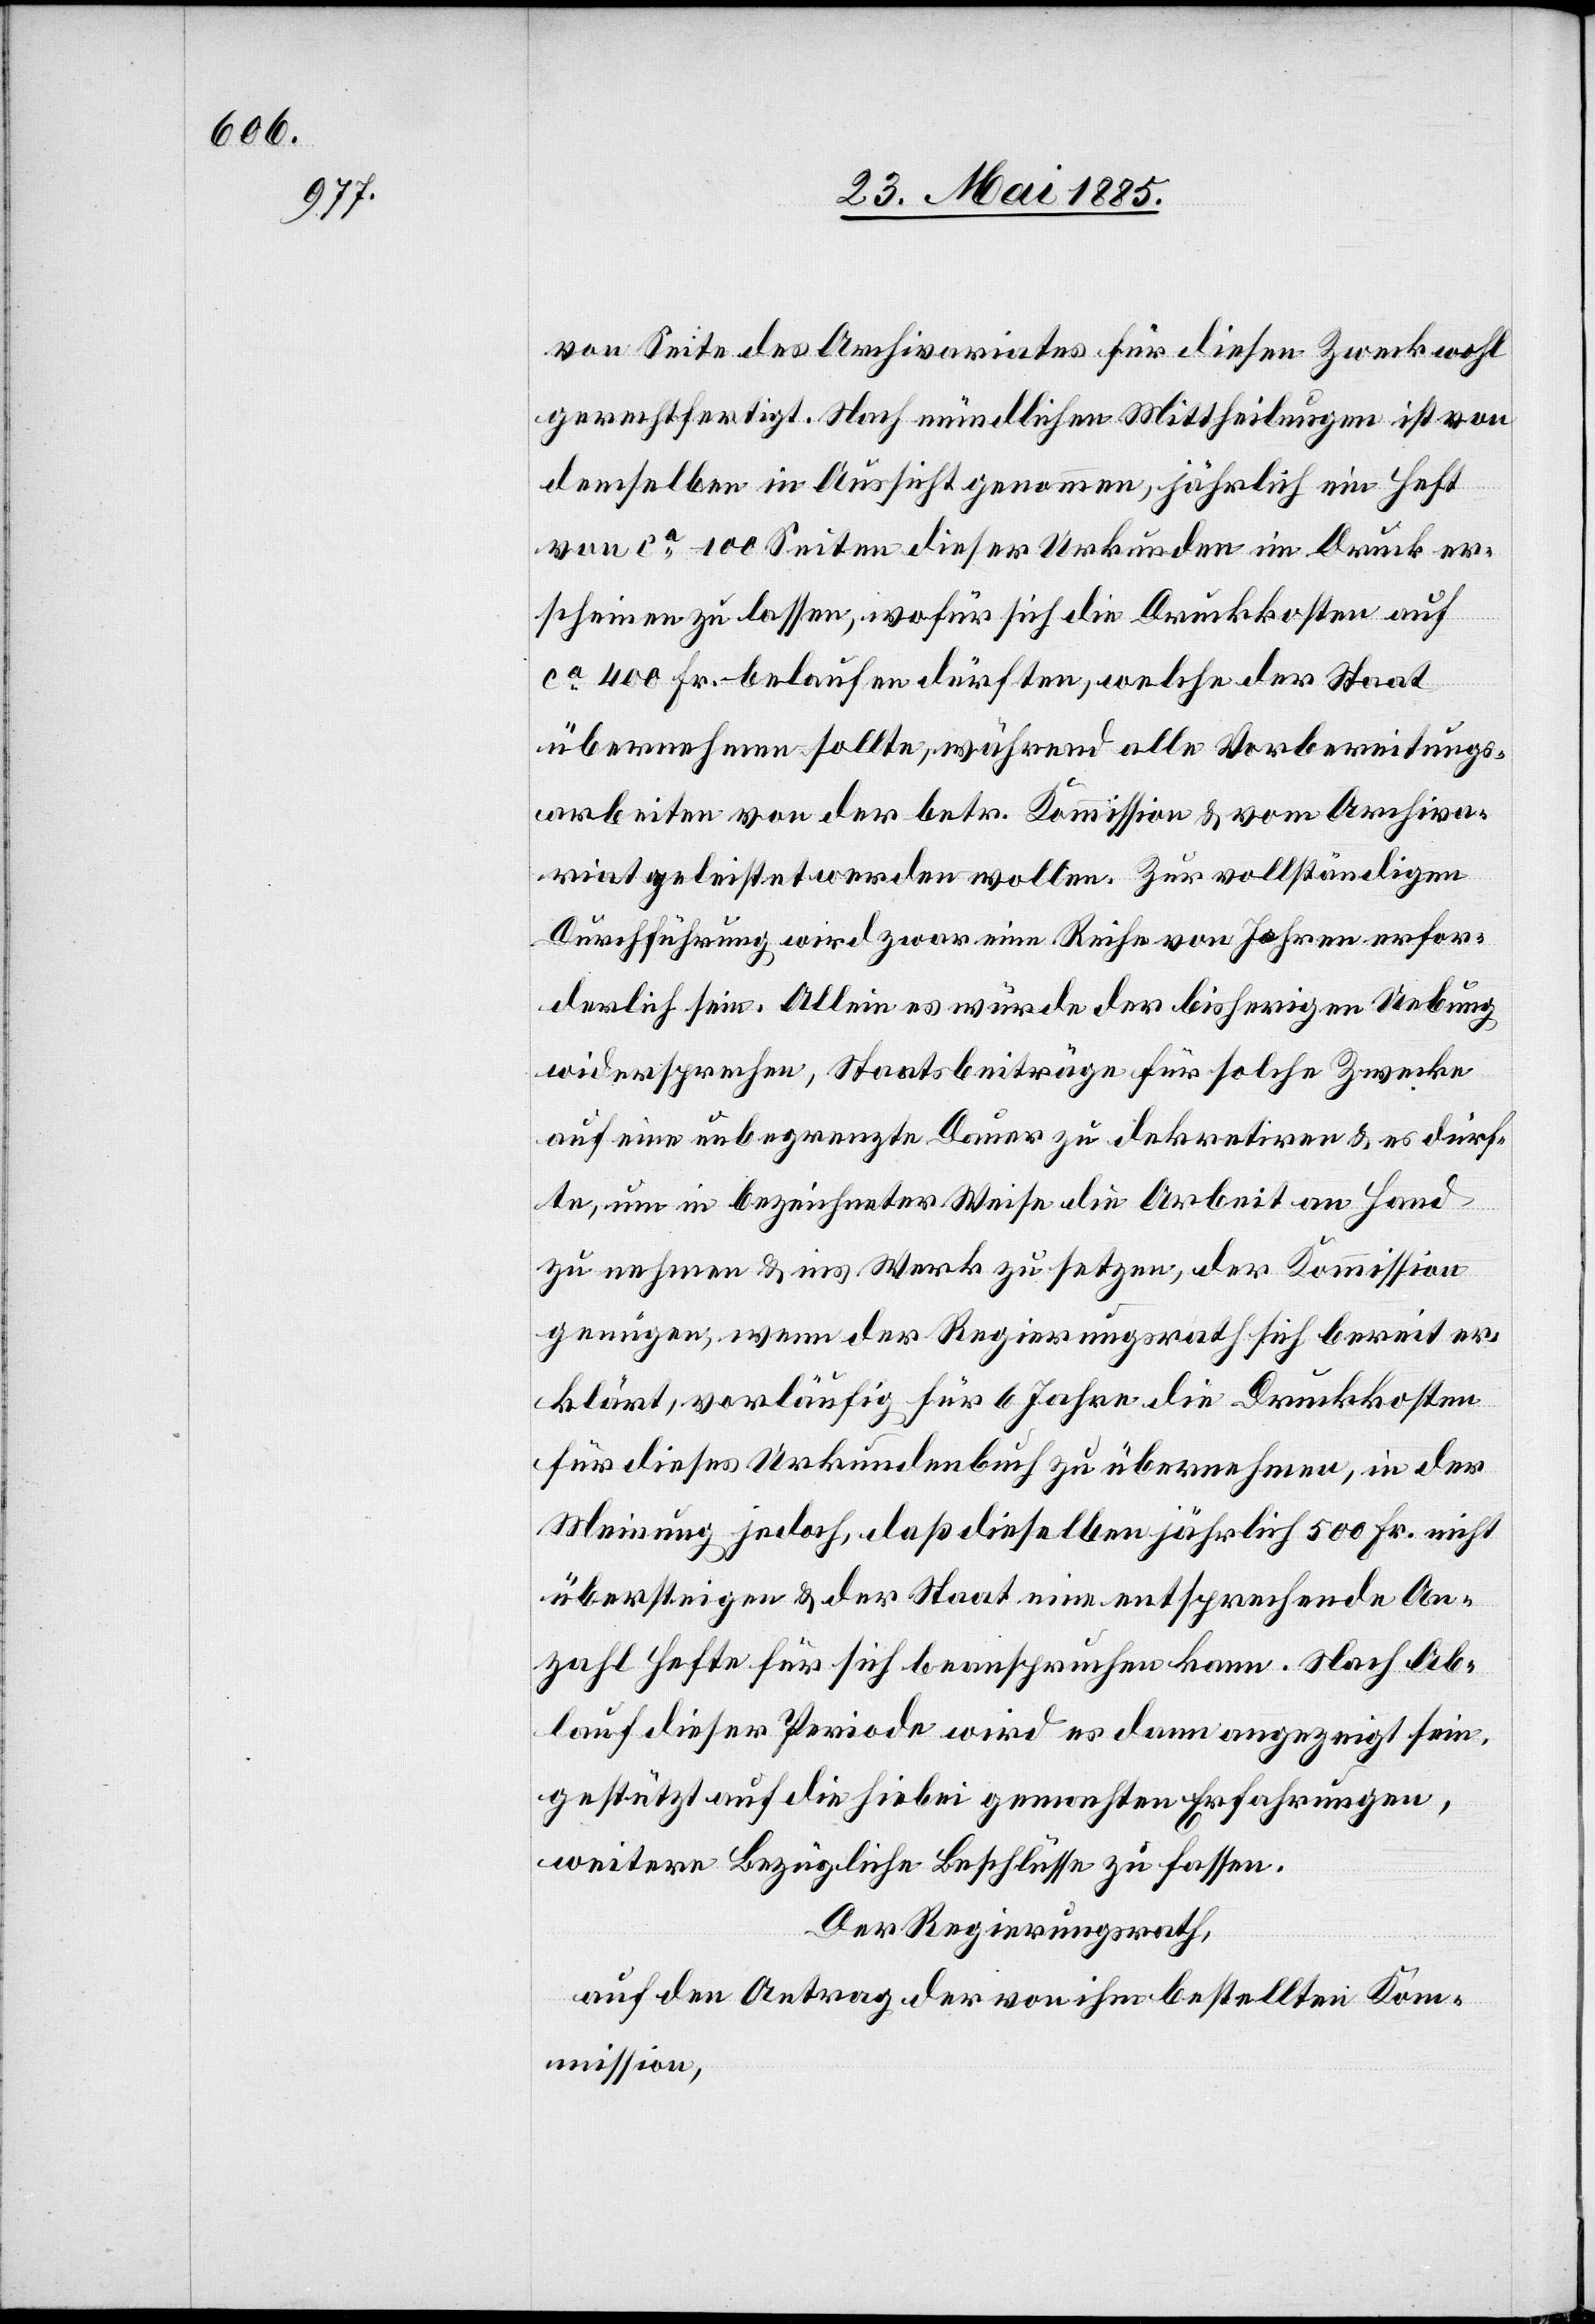
von Seite des Archivariates für diesen Zweck wohl
gerechtfertigt. Nach mündlichen Mittheilungen ist von
demselben in Aussicht genommen, jährlich ein Heft
von ca 100 Seiten dieser Urkunden in Druck er¬
scheinen zu lassen, wofür sich die Druckkosten auf
ca 400 Fr. belaufen dürften, welche der Staat
übernehmen sollte, während alle Vorbereitungs¬
arbeiten von der betr. Kommission & vom Archiva¬
riat geleistet werden wollen. Zur vollständigen
Durchführung wird zwar eine Reihe von Jahren erfor¬
derlich sein. Allein es würde der bisherigen Uebung
widersprechen, Staatsbeiträge für solche Zwecke
auf eine unbegrenzte Dauer zu dekretiren & es dürf¬
te, um in bezeichneter Weise die Arbeit an Hand
zu nehmen & ins Werk zu setzen, der Kommission
genügen, wenn der Regierungsrath sich bereit er¬
klärt, vorläufig für 6 Jahre die Druckkosten
für dieses Urkundenbuch zu übernehmen, in der
Meinung jedoch, daß dieselben jährlich 500 Fr. nicht
übersteigen & der Staat eine entsprechende An¬
zahl Hefte für sich beanspruchen kann. Nach Ab¬
lauf dieser Periode wird es dann angezeigt sein,
gestützt auf die hiebei gemachten Erfahrungen,
weitere bezügliche Beschlüsse zu fassen.
Der Regierungsrath,
auf den Antrag der von ihm bestellten Kom¬
mission,